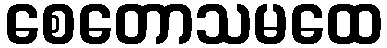
စေတောသမထေ